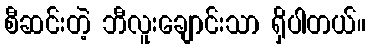
စီဆင်းတဲ့ ဘီလူးချောင်းသာ ရှိပါတယ်။